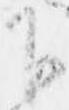
下